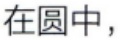
在圆中，